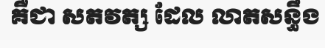
គឺជា សតវត្ស ដែល លាតសន្ធឹង